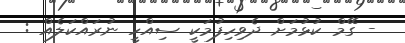
- ގޭމް ކުޅުމަށް ދެވިހިފުމަކީ ސިއްހީ ނުރައްކަލެއް :